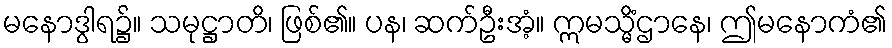
မနောဒွါရ၌။ သမုဋ္ဌာတိ၊ ဖြစ်၏။ ပန၊ ဆက်ဦးအံ့။ ဣမသ္မိံဌာနေ၊ ဤမနောကံ၏